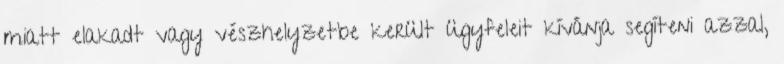
miatt elakadt vagy vészhelyzetbe került ügyfeleit kívánja segíteni azzal,